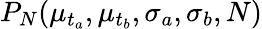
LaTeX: P_{N}(\mu_{t_{a}},\mu_{t_{b}},\sigma_{a},\sigma_{b},N)